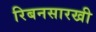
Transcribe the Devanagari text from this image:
रिबनसारखी